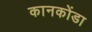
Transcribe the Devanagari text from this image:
कानकोंडा